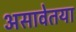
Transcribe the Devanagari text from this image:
असावेतया